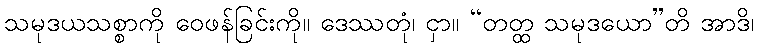
သမုဒယသစ္စာကို ဝေဖန်ခြင်းကို။ ဒေဿတုံ၊ ငှာ။ “တတ္ထ သမုဒယော”တိ အာဒိ၊